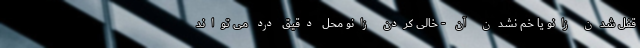
قفل شدن زانو یا خم نشدن آن - خالی کردن زانو محل دقیق درد می تواند